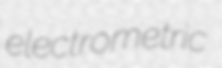
electrometric